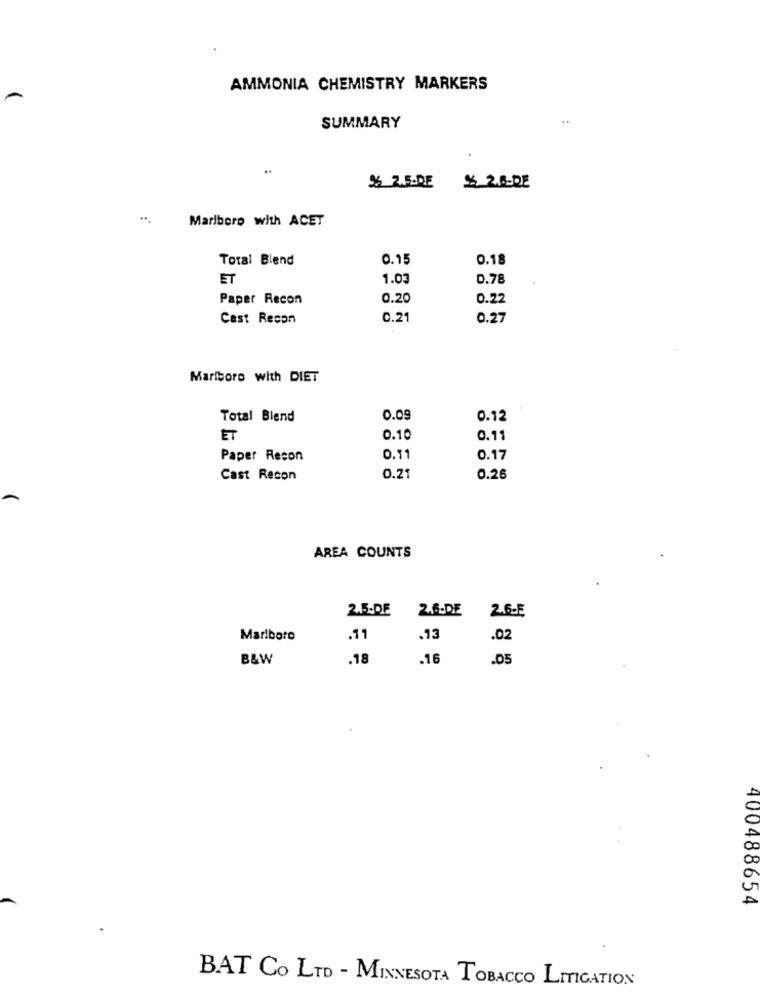
AMMONIA CHEMISTRY MARKERS
SUMMARY
% 2.5.DE
$ 2.6-DE
Marlboro with ACET
Total Blend
0.15
0.18
ET
1.03
0.78
Paper Recon
0.20
0.22
Cast Recon
0.21
0.27
Marlboro with DIET
Total Blend
0.09
0.12
ET
0.10
0.11
Paper Recon
0.11
0.17
Cast Recon
0.21
0.26
AREA COUNTS
2.5-DE
2.6-DE
2.6-E
Marlboro
.11
.13
.02
B&W
.18
.16
.05
400488654
BAT CO LTD - MINNESOTA TOBACCO LITIGATION